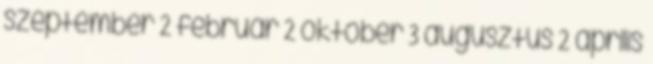
szeptember 2 február 2 október 3 augusztus 2 április